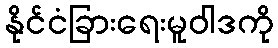
နိုင်ငံခြားရေးမူဝါဒကို